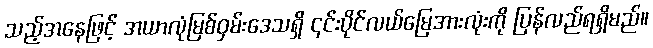
သည့်အနေဖြင့် အယာလုံမြစ်ဝှမ်းဒေသရှိ ၎င်းပိုင်လယ်မြေအားလုံးကို ပြန်လည်ရရှိမည်။